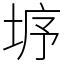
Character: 垿